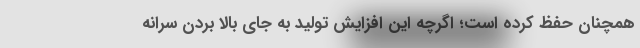
همچنان حفظ کرده است؛ اگرچه این افزایش تولید به جای بالا بردن سرانه